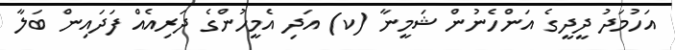
އަހުމަދު ދީދީގެ އަންހެނުން ޝަމީނާ (ކ) އަދި އެމީހުންގެ ދަރިއެއް ފަދައިން ބަލާ